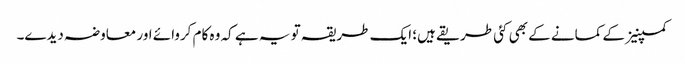
کمپنیز کے کمانے کے بھی کئی طریقے ہیں؛ ایک طریقہ تو یہ ہے کہ وہ کام کروائے اور معاوضہ دیدے۔